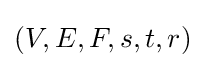
(V,E,F,s,t,r)